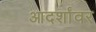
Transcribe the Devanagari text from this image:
आदर्शांवर